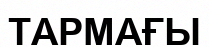
ТАРМАҒЫ